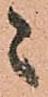
々